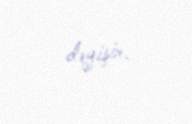
dəyişir.